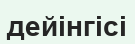
дейінгісі